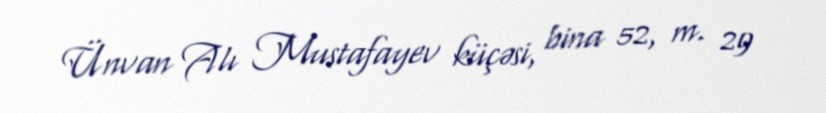
Ünvan Alı Mustafayev küçəsi, bina 52, m. 29